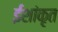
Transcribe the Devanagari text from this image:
ईशांकृत